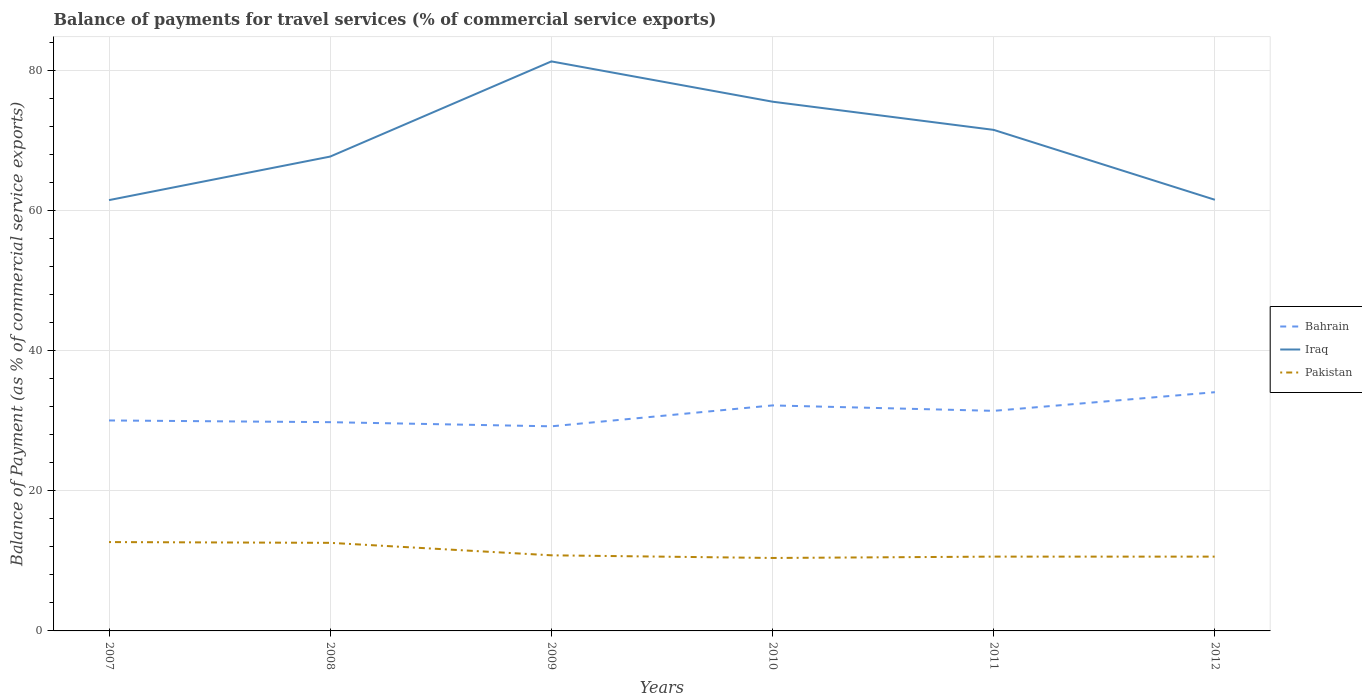
| Years | Bahrain | Iraq | Pakistan |
 | --- | --- | --- | --- |
 | 2007 | 30 | 61.5 | 12.7 |
 | 2008 | 29.8 | 67.7 | 12.6 |
 | 2009 | 29.2 | 81.2 | 10.8 |
 | 2010 | 32.2 | 75.5 | 10.4 |
 | 2011 | 31.4 | 71.5 | 10.6 |
 | 2012 | 34.1 | 61.5 | 10.6 |